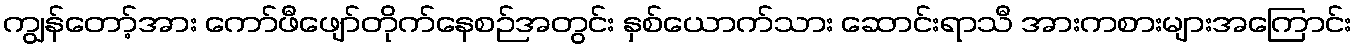
ကျွန်တော့်အား ကော်ဖီဖျော်တိုက်နေစဉ်အတွင်း နှစ်ယောက်သား ဆောင်းရာသီ အားကစားများအကြောင်း